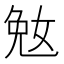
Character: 𫰲